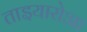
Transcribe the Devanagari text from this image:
ताइयारोआ